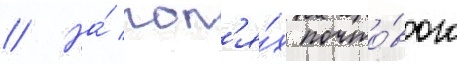
// На́ пол'я́х почто́вого